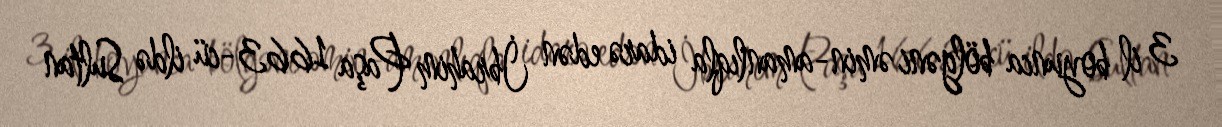
3 il boyunca bölgəni əmin-amanlıqla idarə edən İbrahim Paşa 1663-cü ildə Sultan